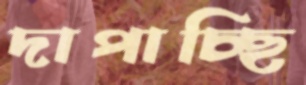
দাপাচ্ছি